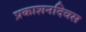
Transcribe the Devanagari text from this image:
प्रकाशनदिवस